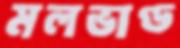
মলভাণ্ড